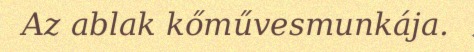
Az ablak kőművesmunkája.